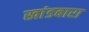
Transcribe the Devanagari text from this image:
खांडबारा